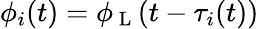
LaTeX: \phi_{i}(t)=\phi_{\mathrm{~L~}}(t-\tau_{i}(t))